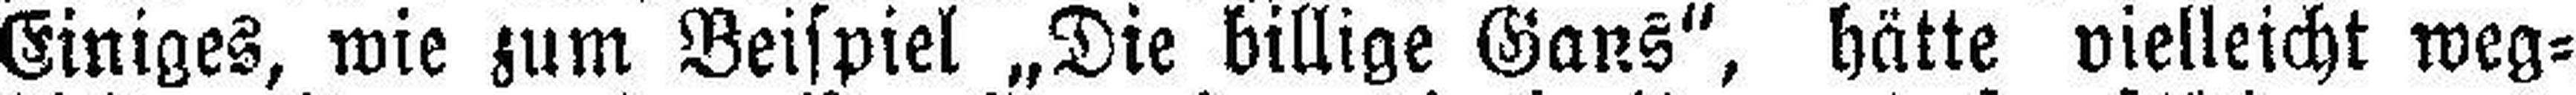
Einiges, wie zum Beispiel „Die billige Gans“, hätte vielleicht weg¬